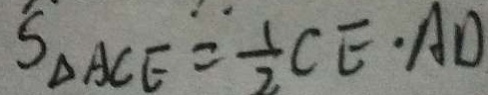
S _ { \Delta A C E } = \frac { 1 } { 2 } C E \cdot A D